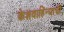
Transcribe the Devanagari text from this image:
केशवाहिन्याची